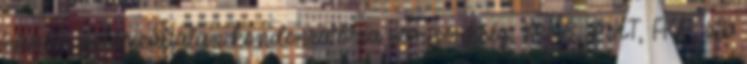
hanem polarizáltalan kondenzátorra van szükség, MKS, MKT, FKP, stb